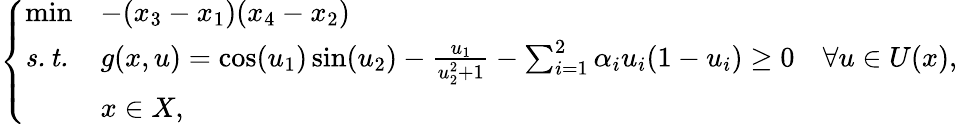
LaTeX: \left\{ \begin{array}{lll}{\operatorname*{min}}&{-(x_{3}-x_{1})(x_{4}-x_{2})}\\ {\mathit{s.t.}}&{g(x,u)=\cos(u_{1})\sin(u_{2})-\frac{u_{1}}{u_{2}^{2}+1}-\sum_{i=1}^{2}\alpha_{i}u_{i}(1-u_{i})\geq 0\quad\forall u\in U(x),}\\ &{x\in X,}\end{array}\right.